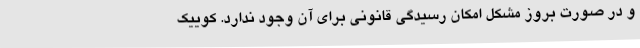
و در صورت بروز مشکل امکان رسیدگی قانونی برای آن وجود ندارد. کوییک